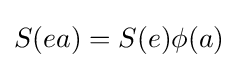
S(ea)=S(e)\phi (a)